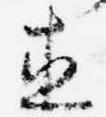
直